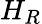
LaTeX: H_{R}